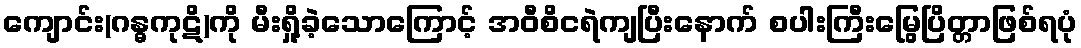
ကျောင်း(ဂန္ဓကုဋိ)ကို မီးရှို့ခဲ့သောကြောင့် အဝီစိငရဲကျပြီးနောက် စပါးကြီးမြွေပြိတ္တာဖြစ်ရပုံ